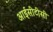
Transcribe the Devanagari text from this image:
आईसीटीसी